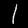
Label: 1